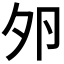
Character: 𡖉